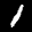
Label: 1